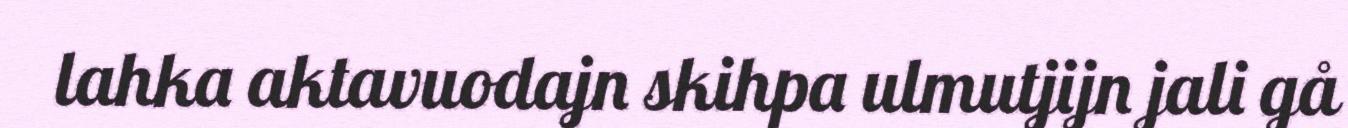
lahka aktavuodajn skihpa ulmutjijn jali gå